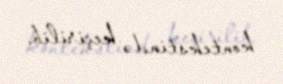
kontekstində keçirilib.